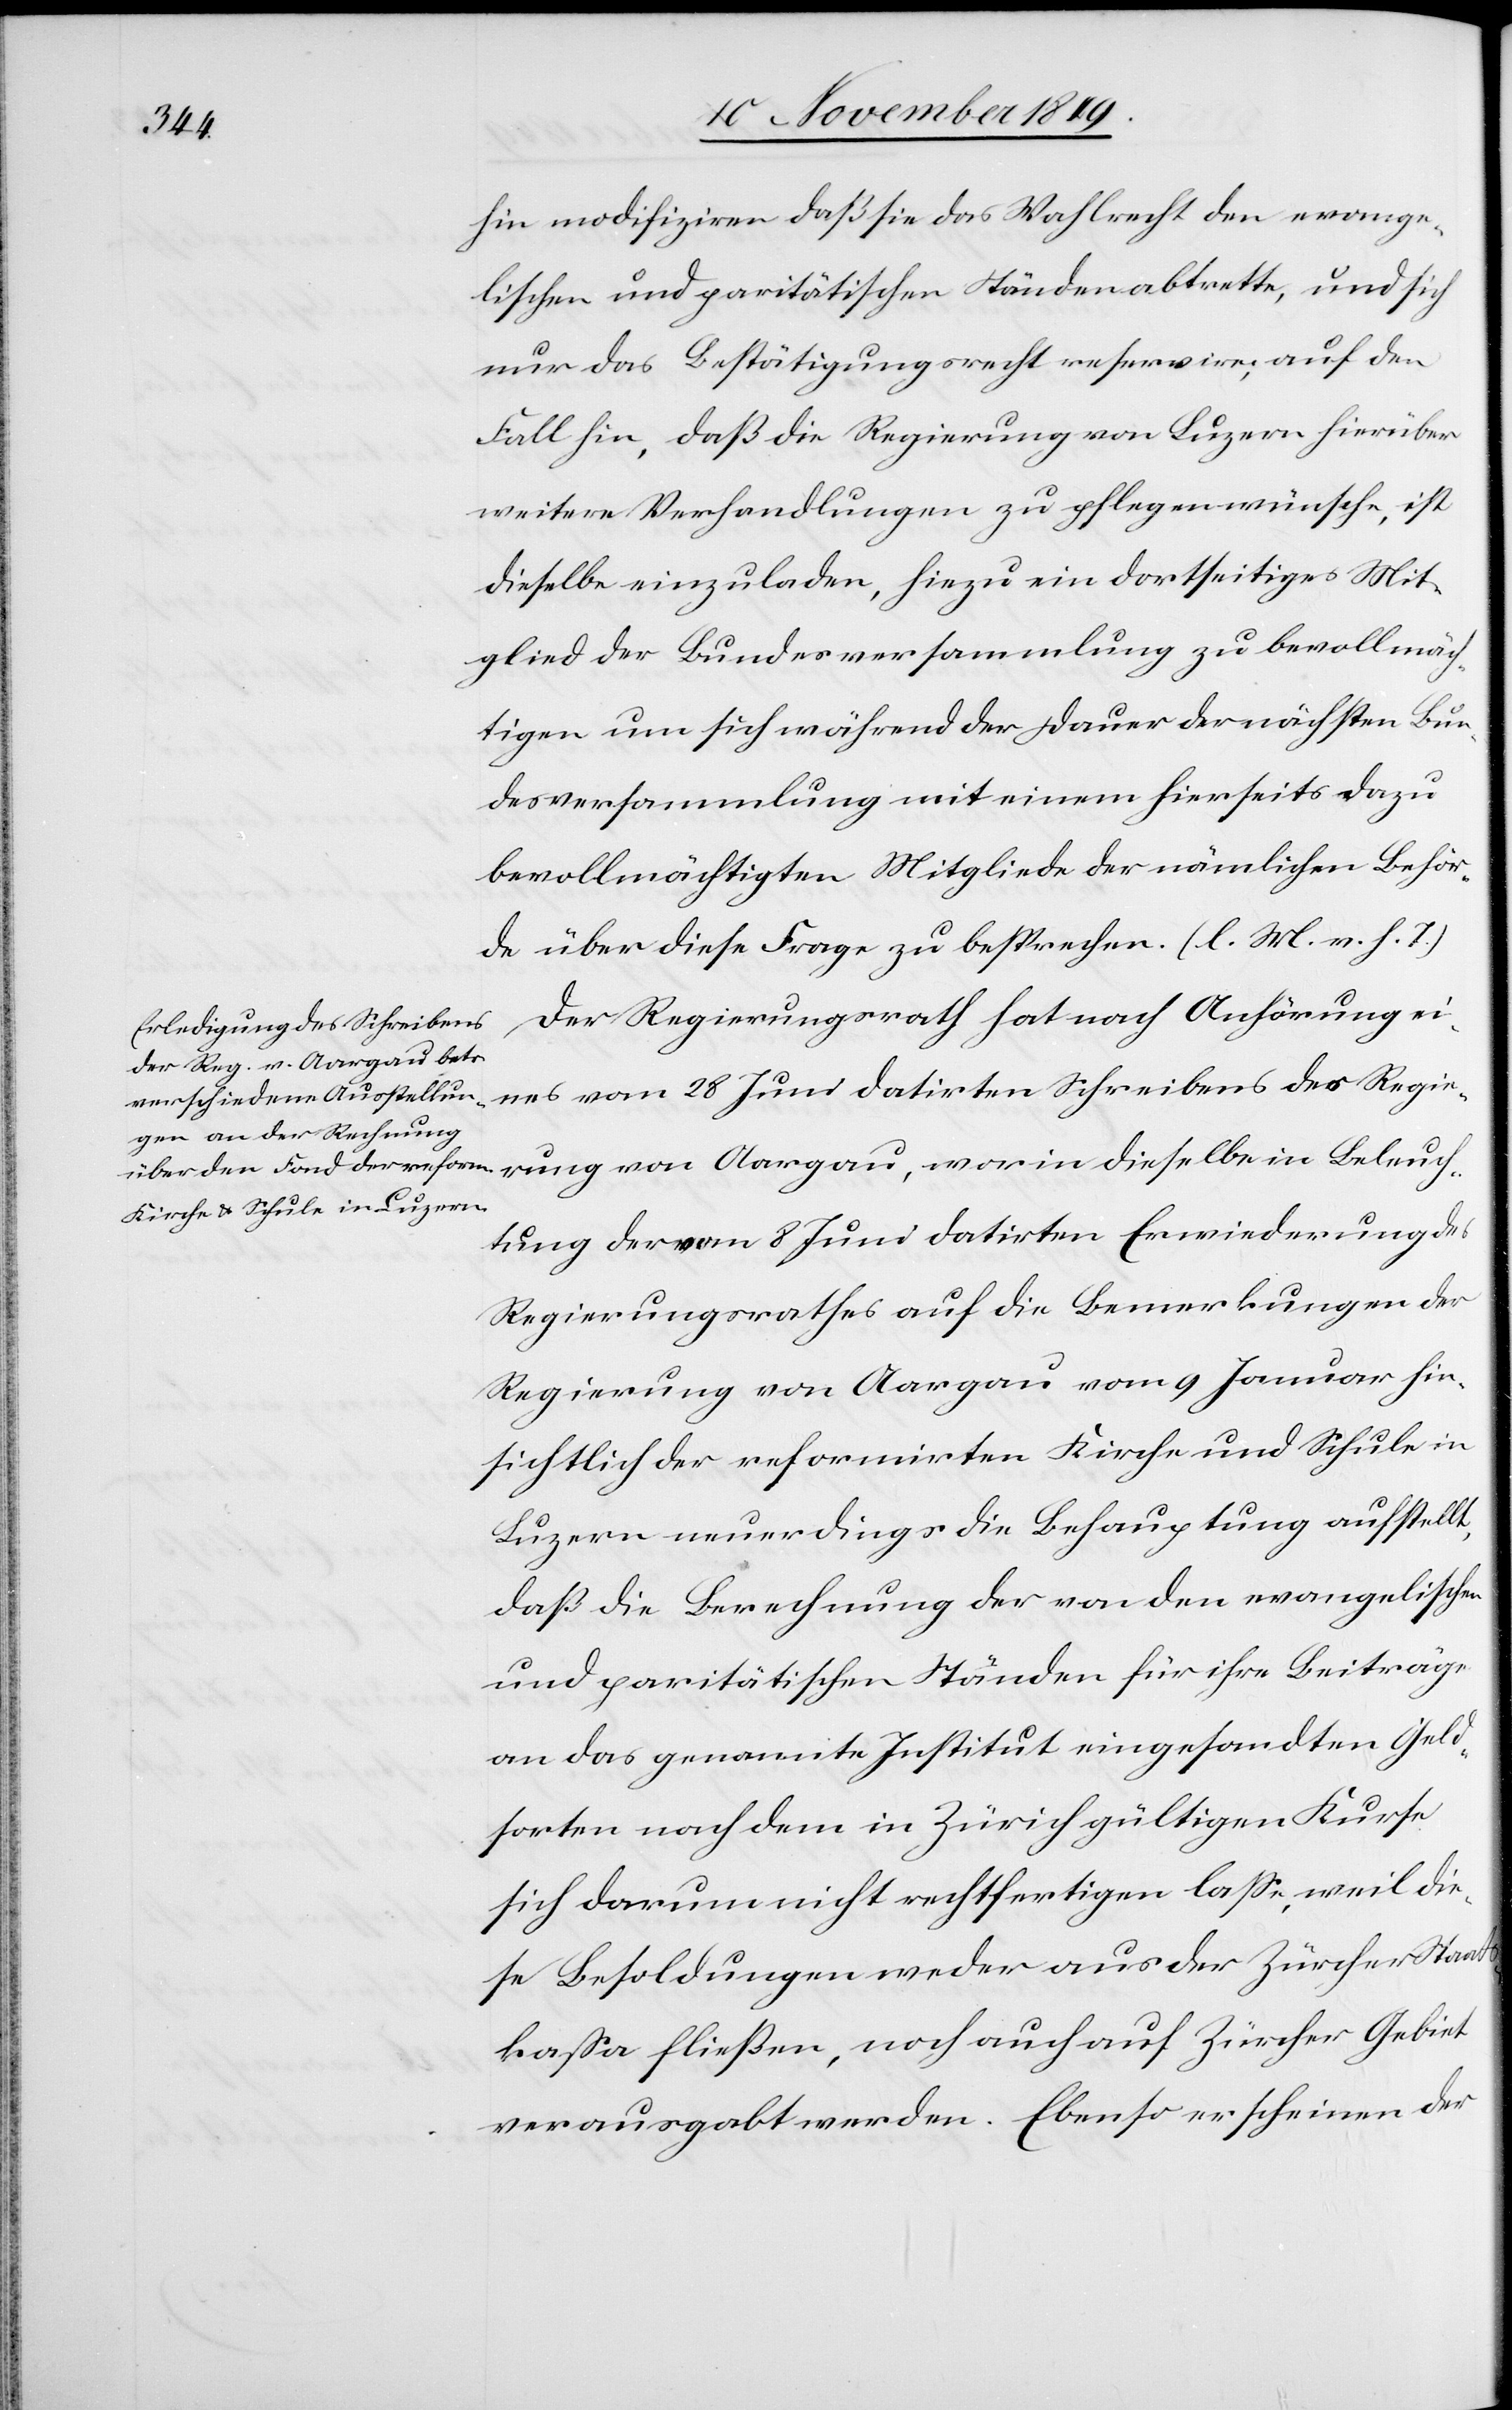
Beleuch¬
hin modifiziren daß sie das Wahlrecht den evange¬
lischen und paritätischen Ständen abtrette [sic!],
nur das Bestätigungsrecht reservire; auf den
Fall hin, daß die Regierung von Luzern hierüber
weitere Verhandlungen zu pflegen wünsche, ist
dieselbe einzuladen, hiezu ein dortseitiges Mit¬
glied der Bundesversammlung zu bevollmäch¬
tigen um sich während der Dauer der nächsten Bun¬
desversammlung mit einem hierseits dazu
bevollmächtigten Mitgliede der nämlichen Behör¬
den über diese Frage zu besprechen. [l. M. v. h. T]
Der Regierungsrath hat nach Anhörung ei¬
nes vom 28 Juni datirten Schreibens der Regier¬
tung der vom 8 Juni datirten Erwiederung des
Regierungsrathes auf die Bemerkungen der
Regierung von Aargau vom 9 Januar hin¬
sichtlich der reformirten Kirche und Schule in
Luzern neuerdings die Behauptung aufstellt,
daß die Berechnung der von den evangelischen
und paritätischen Ständen für ihre Beiträge
an das genante Institut eingesandten Geld¬
sorten nach dem in Zürich gültigen Kurse
sich darum nicht rechtfertigen laße, weil die¬
se Besoldungen weder aus der Zürcher Staat¬
skaßa fließen, noch auch auf Zürcher Gebiet
verausgabt werden. Ebenso erscheinen der